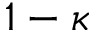
1 - \kappa